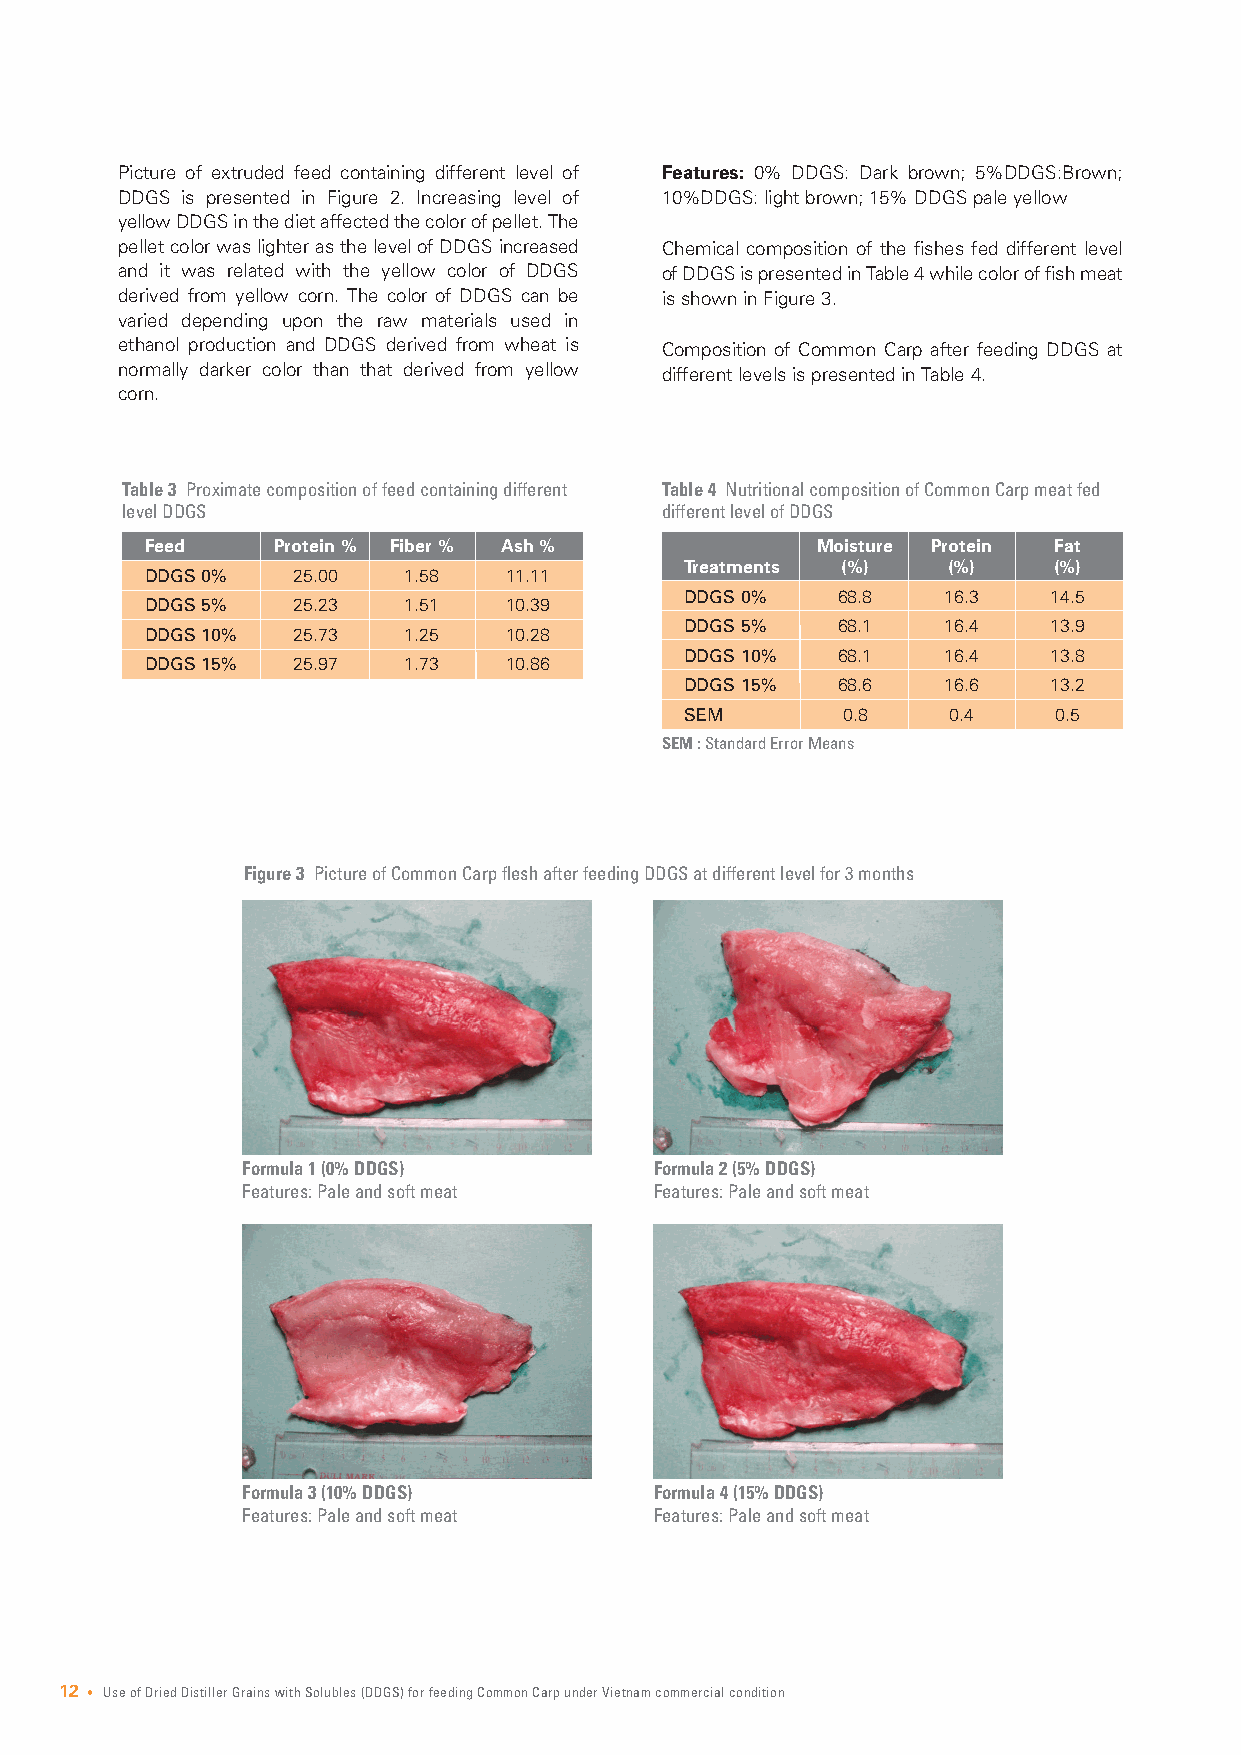
Picture of extruded feed containing different level of Features: 0% DDGS: Dark brown; 5%DDGS:Brown;
 DDGS is presented in Figure 2. Increasing level of 10%DDGS: light brown; 15% DDGS pale yellow
 yellow DDGS in the diet affected the color of pellet. The
 pellet color was lighter as the level of DDGS increased Chemical composition of the fishes fed different level
 and it was related with the yellow color of DDGS of DDGS is presented in Table 4 while color of fish meat
 derived from yellow corn. The color of DDGS can be is shown in Figure 3.
 varied depending upon the raw materials used in
 ethanol production and DDGS derived from wheat is Composition of Common Carp after feeding DDGS at
 normally darker color than that derived from yellow different levels is presented in Table 4.
 corn.
 Table 3 Proximate composition of feed containing different Table 4 Nutritional composition of Common Carp meat fed
 level DDGS                          different level of DDGS
 Feed    Protein % Fiber % Ash %             Moisture Protein Fat
 Treatments (%)    (%)    (%)
 DDGS 0%  25.00   1.58  11.11
 DDGS 0%   68.8   16.3   14.5
 DDGS 5%  25.23   1.51  10.39
 DDGS 5%   68.1   16.4   13.9
 DDGS 10% 25.73   1.25  10.28
 DDGS 10%  68.1   16.4   13.8
 DDGS 15% 25.97   1.73  10.86
 DDGS 15%  68.6   16.6   13.2
 SEM        0.8    0.4    0.5
 SEM :Standard Error Means
 Figure 3 Picture of Common Carp flesh after feeding DDGS at different level for 3 months
 Formula 1 (0% DDGS)        Formula 2 (5% DDGS)
 Features: Pale and soft meat Features: Pale and soft meat
 Formula 3 (10% DDGS)       Formula 4 (15% DDGS)
 Features: Pale and soft meat Features: Pale and soft meat
 12 • Use of Dried Distiller Grains with Solubles (DDGS) for feeding Common Carp under Vietnam commercial condition